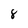
Character: 8